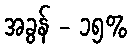
အခွန် - ၁၅%